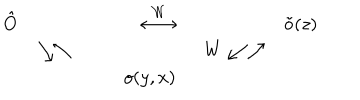
\begin{array} { r l r l r l } { { \hat { O } } } & { { } } & { { \stackrel { \cal W } { \longleftrightarrow } } } & { { ~ } } & { { \tilde { o } ( z ) \nonumber } } \\ { { } } & { { \searrow \nwarrow } } & { { } } & { { ~ ~ W \swarrow \nearrow } } & { { \nonumber } } \\ { { } } & { { } } & { { ~ o ( y , x ) } } & { { } } & { { } } \\ \end{array}